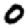
Digit: 0